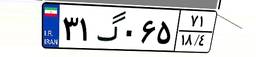
۳۱گ۰۶۵۷۱